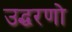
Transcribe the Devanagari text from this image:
उद्धरणो